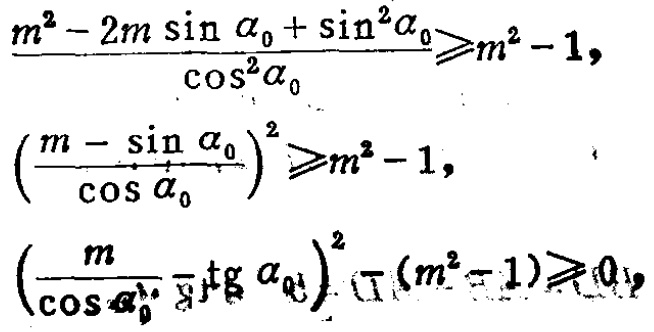
\[\begin{align*}

\frac{m^{2}-2m\sin\alpha_{0}+\sin^{2}\alpha_{0}}{\cos^{2}\alpha_{0}}&\geqslant m^{2}-1,\\

\left(\frac{m - \sin\alpha_{0}}{\cos\alpha_{0}}\right)^{2}&\geqslant m^{2}-1,\\

\left(\frac{m}{\cos\alpha_{0}}-\tg\alpha_{0}\right)^{2}-(m^{2}-1)&\geqslant 0,

\end{align*}\]